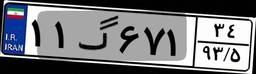
۱۵گ۷۴۷۲۰